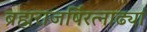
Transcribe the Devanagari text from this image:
ब्रह्मराजर्षिरत्नाढ्यां